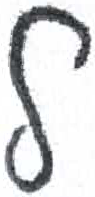
אות: ל